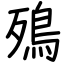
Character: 殦